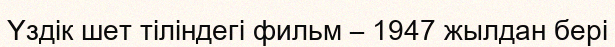
Үздік шет тіліндегі фильм – 1947 жылдан бері